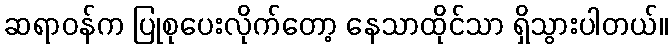
ဆရာဝန်က ပြုစုပေးလိုက်တော့ နေသာထိုင်သာ ရှိသွားပါတယ်။